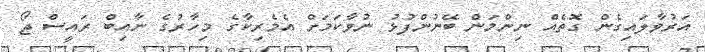
އަރުވާލައިގެން ގޮތެއް ނިންމަން ބޭނުންފުޅު ނުވާކަމަށް އެމެރިކާގެ މިހާރުގެ ނާއިބް ރައީސް ޖޯ